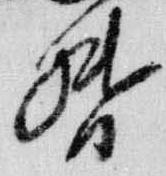
督